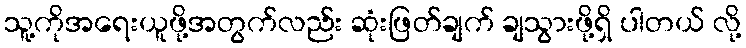
သူ့ကိုအရေးယူဖို့အတွက်လည်း ဆုံးဖြတ်ချက် ချသွားဖို့ရှိ ပါတယ် လို့